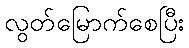
လွတ်မြောက်စေပြီး